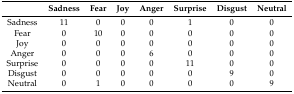
|  | Sadness | Fear | Joy | Anger | Surprise | Disgust | Neutral |
 | --- | --- | --- | --- | --- | --- | --- | --- |
 | Sadness | 11 | 0 | 0 | 0 | 1 | 0 | 0 |
 | Fear | 0 | 10 | 0 | 0 | 0 | 0 | 0 |
 | Joy | 0 | 0 | 0 | 0 | 0 | 0 | 0 |
 | Anger | 0 | 0 | 0 | 6 | 0 | 0 | 0 |
 | Surprise | 0 | 0 | 0 | 0 | 11 | 0 | 0 |
 | Disgust | 0 | 0 | 0 | 0 | 0 | 9 | 0 |
 | Neutral | 0 | 1 | 0 | 0 | 0 | 0 | 9 |